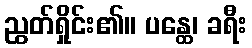
ညွတ်ရှိုင်း၏။ ပန္ထေ၊ ခရီး